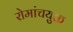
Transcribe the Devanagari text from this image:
रोमांचयुक्त